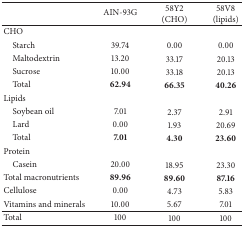
<table><thead><tr><td><b> </b></td><td><b>AIN-93G</b></td><td><b>58Y2(CHO)</b></td><td><b>58V8(lipids)</b></td></tr></thead><tbody><tr><td>CHO</td><td> </td><td> </td><td> </td></tr><tr><td> Starch</td><td>39.74</td><td>0.00</td><td>0.00</td></tr><tr><td> Maltodextrin</td><td>13.20</td><td>33.17</td><td>20.13</td></tr><tr><td> Sucrose</td><td>10.00</td><td>33.18</td><td>20.13</td></tr><tr><td> Total</td><td><b>62.94</b></td><td><b>66.35</b></td><td><b>40.26</b></td></tr><tr><td>Lipids</td><td> </td><td> </td><td> </td></tr><tr><td> Soybean oil</td><td>7.01</td><td>2.37</td><td>2.91</td></tr><tr><td> Lard</td><td>0.00</td><td>1.93</td><td>20.69</td></tr><tr><td> Total</td><td><b>7.01</b></td><td><b>4.30</b></td><td><b>23.60</b></td></tr><tr><td>Protein</td><td> </td><td> </td><td> </td></tr><tr><td> Casein</td><td>20.00</td><td>18.95</td><td>23.30</td></tr><tr><td>Total macronutrients</td><td><b>89.96</b></td><td><b>89.60</b></td><td><b>87.16</b></td></tr><tr><td>Cellulose</td><td>0.00</td><td>4.73</td><td>5.83</td></tr><tr><td>Vitamins and minerals</td><td>10.00</td><td>5.67</td><td>7.01</td></tr><tr><td>Total</td><td>100</td><td>100</td><td>100</td></tr></tbody></table>